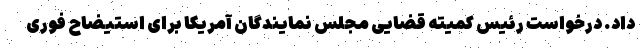
داد. درخواست رئیس کمیته قضایی مجلس نمایندگان آمریکا برای استیضاح فوری